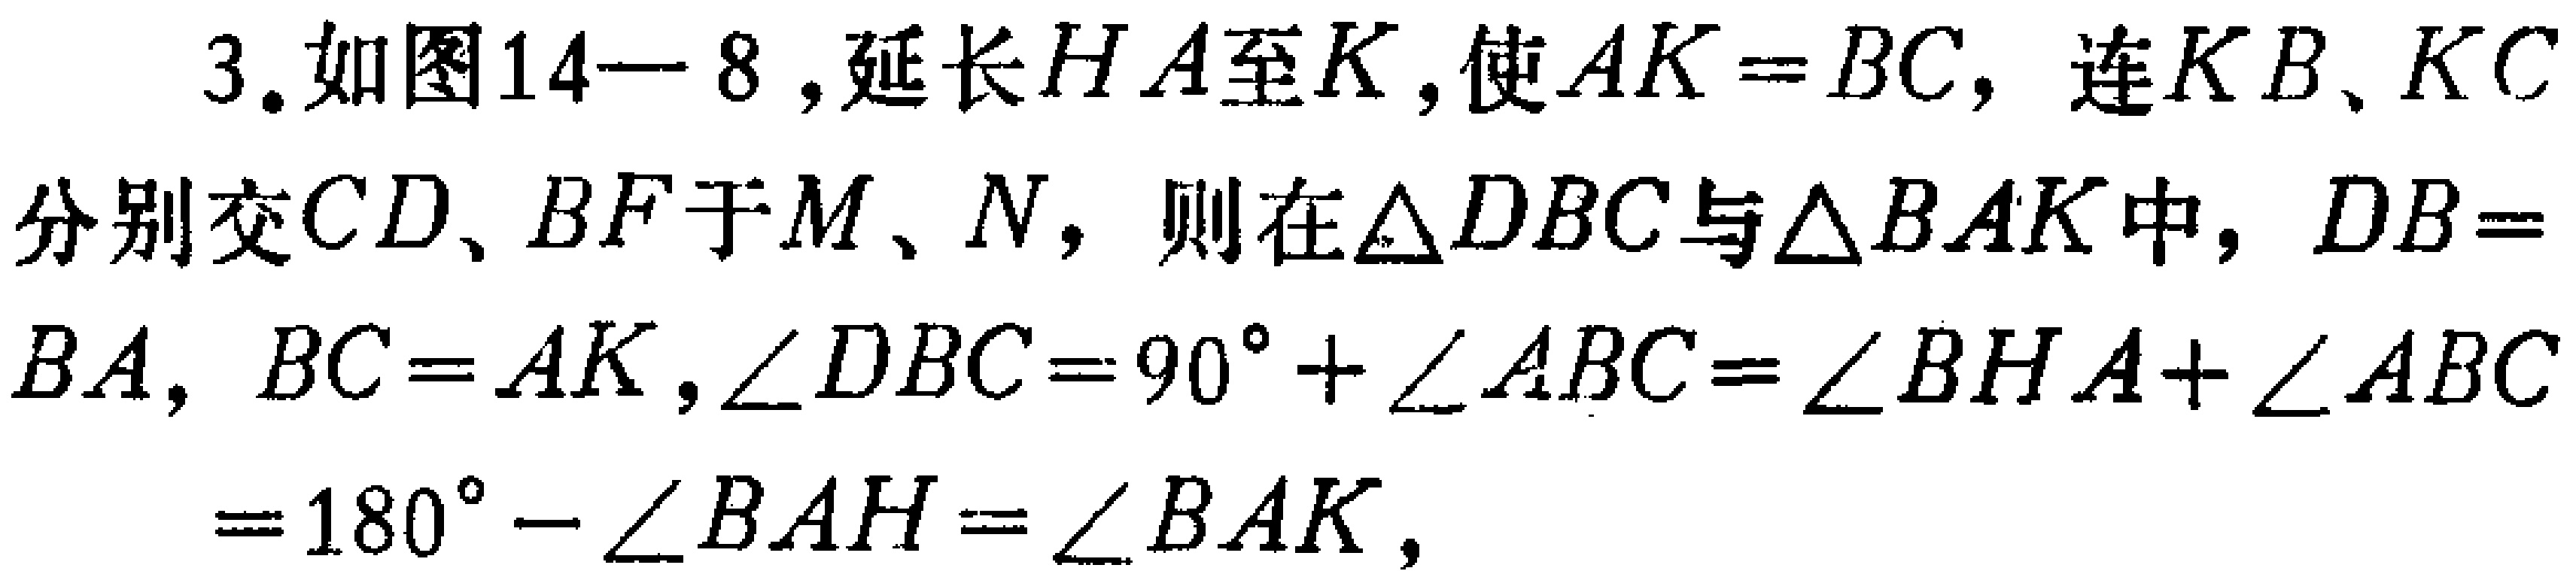
3. 如图14—8，延长$HA$至$K$，使$AK = BC$，连$KB$、$KC$分别交$CD$、$BF$于$M$、$N$，则在$\triangle DBC$与$\triangle BAK$中，$DB = BA$，$BC = AK$，$\angle DBC=90^{\circ}+\angle ABC=\angle BHA+\angle ABC = 180^{\circ}-\angle BAH=\angle BAK$，